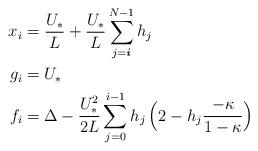
LaTeX: \begin{align*}\begin{aligned} x_i {}&={} \frac{U_*}{L} + \frac{U_*}{L} \sum\limits_{j=\textbf{\textit{i}}}^{N-1} h_j \\ g_i {}&={} U_* \\ f_i {}&={} \Delta - \frac{U_*^2}{2L} \sum\limits_{j=0}^{i-1} h_j \, \Big(2 - h_j \frac{-\kappa}{1-\kappa} \Big) \end{aligned}\end{align*}